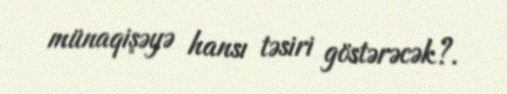
münaqişəyə hansı təsiri göstərəcək?.